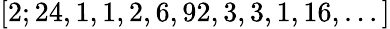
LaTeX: [2;24,1,1,2,6,92,3,3,1,16,...]